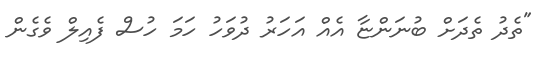
"ތެދު ތެދަށް ބުނަންޏާ އެއް އަހަރު ދުވަހު ހަމަ ހުސް ފެއިލް ވެގެން